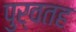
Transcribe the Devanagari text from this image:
पुर्वतह